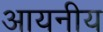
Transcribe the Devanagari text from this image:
आयनीय